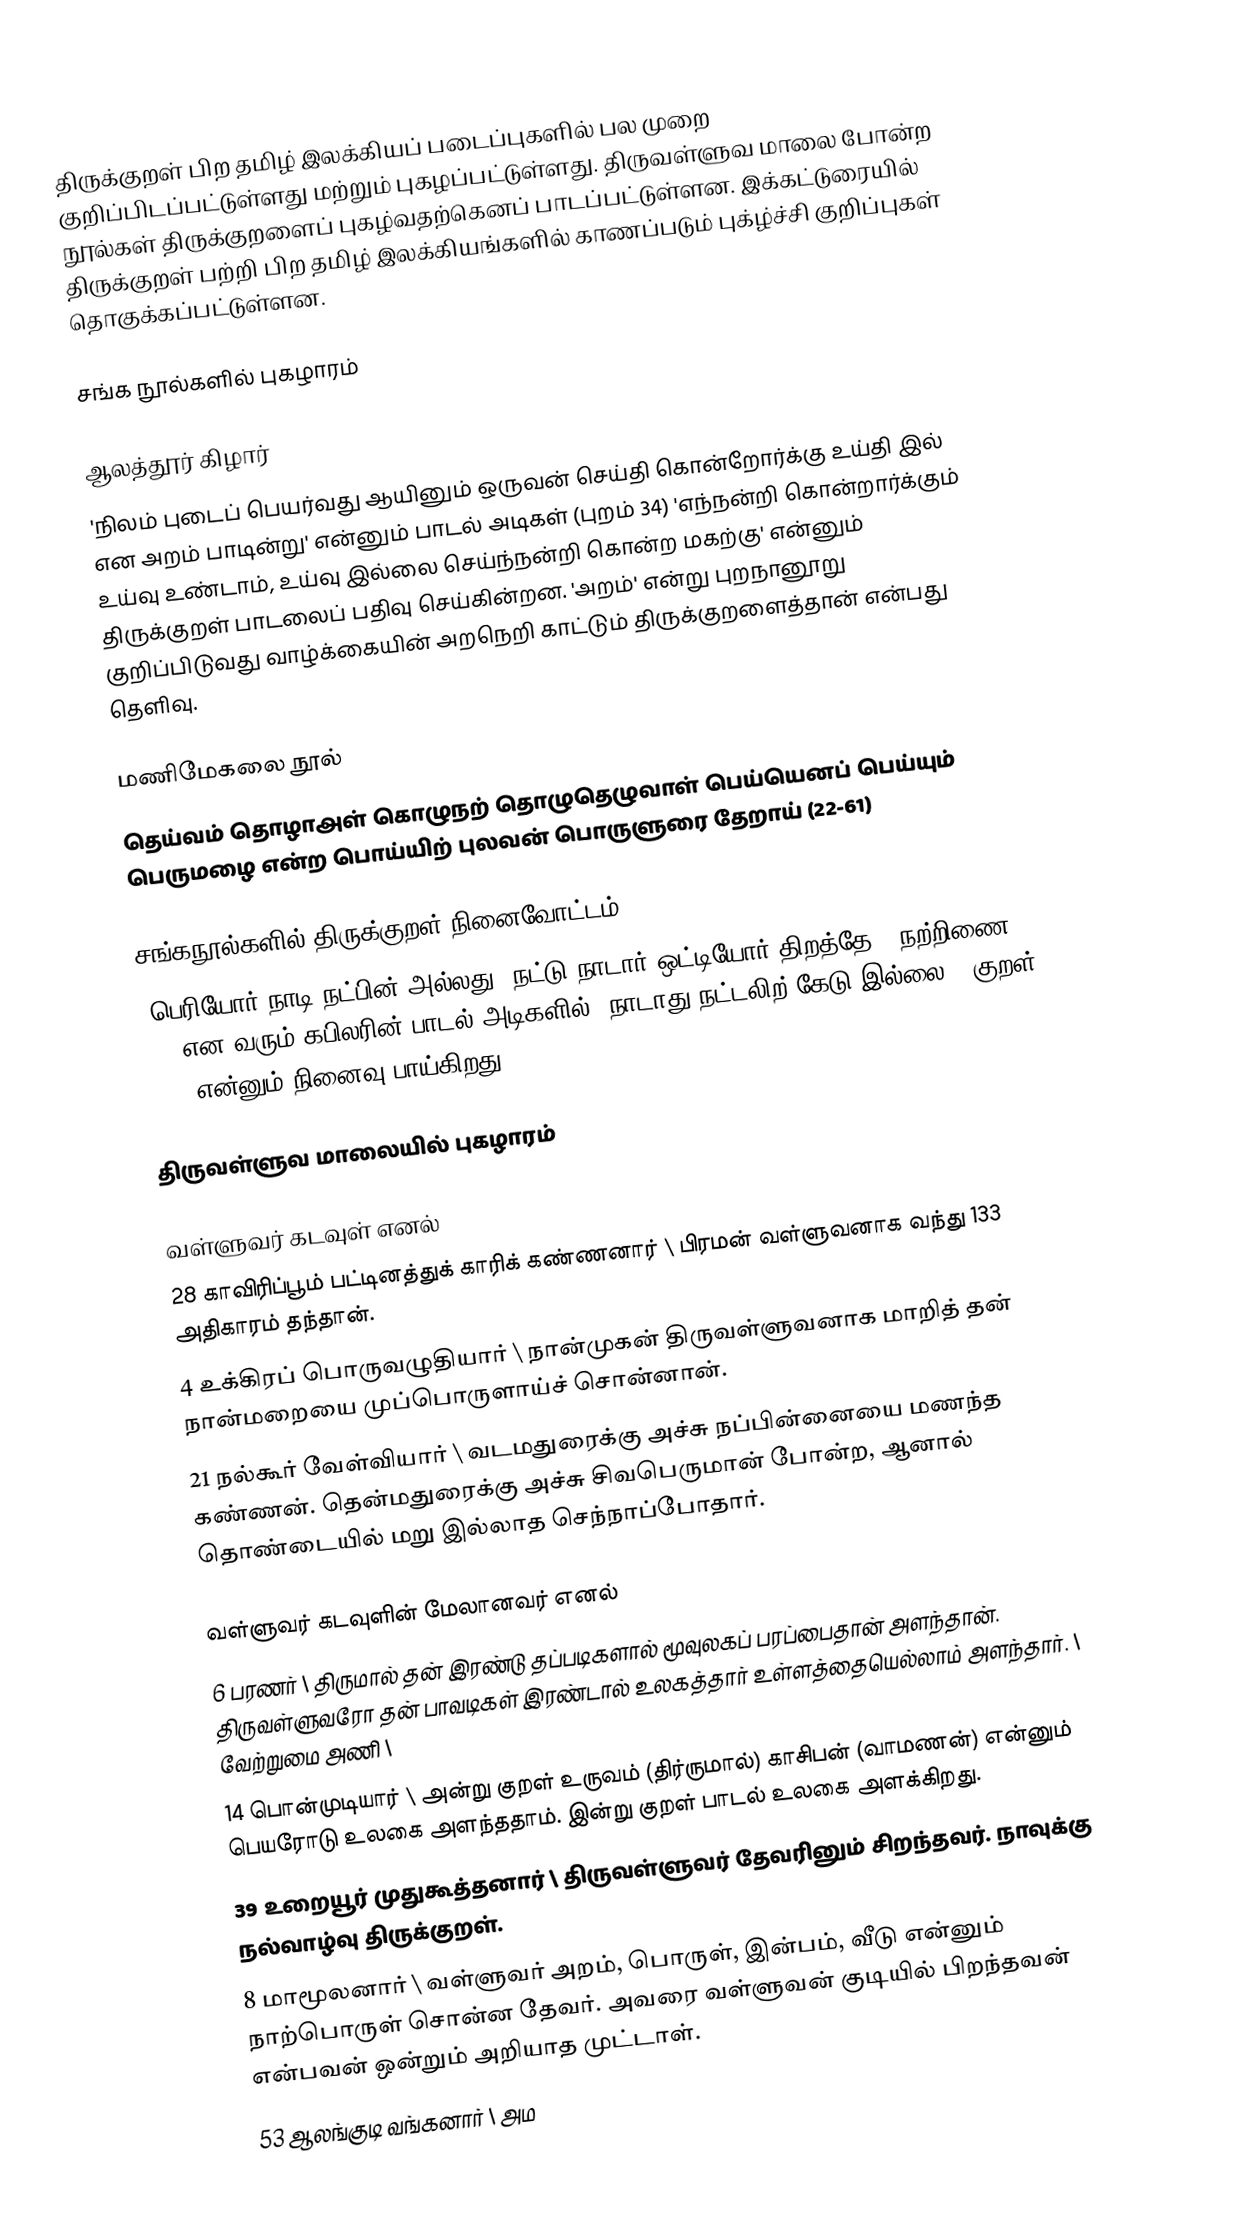
திருக்குறள் பிற தமிழ் இலக்கியப் படைப்புகளில் பல முறை குறிப்பிடப்பட்டுள்ளது மற்றும் புகழப்பட்டுள்ளது. திருவள்ளுவ மாலை போன்ற நூல்கள் திருக்குறளைப் புகழ்வதற்கெனப் பாடப்பட்டுள்ளன. இக்கட்டுரையில் திருக்குறள் பற்றி பிற தமிழ் இலக்கியங்களில் காணப்படும் புக்ழ்ச்சி குறிப்புகள் தொகுக்கப்பட்டுள்ளன.

சங்க நூல்களில் புகழாரம்

ஆலத்தூர் கிழார்
'நிலம் புடைப் பெயர்வது ஆயினும் ஒருவன் செய்தி கொன்றோர்க்கு உய்தி இல் என அறம் பாடின்று' என்னும் பாடல் அடிகள் (புறம் 34) 'எந்நன்றி கொன்றார்க்கும் உய்வு உண்டாம், உய்வு இல்லை செய்ந்நன்றி கொன்ற மகற்கு' என்னும் திருக்குறள் பாடலைப் பதிவு செய்கின்றன. 'அறம்' என்று புறநானூறு குறிப்பிடுவது வாழ்க்கையின் அறநெறி காட்டும் திருக்குறளைத்தான் என்பது தெளிவு.

மணிமேகலை நூல்
தெய்வம் தொழாஅள் கொழுநற் தொழுதெழுவாள் பெய்யெனப் பெய்யும் பெருமழை என்ற பொய்யிற் புலவன் பொருளுரை தேறாய் (22-61)

சங்கநூல்களில் திருக்குறள் நினைவோட்டம்
'பெரியோர் நாடி நட்பின் அல்லது, நட்டு நாடார் ஒட்டியோர் திறத்தே' (நற்றிணை 32) என வரும் கபிலரின் பாடல் அடிகளில் 'நாடாது நட்டலிற் கேடு இல்லை' (குறள் 791) என்னும் நினைவு பாய்கிறது.

திருவள்ளுவ மாலையில் புகழாரம்

வள்ளுவர் கடவுள் எனல்
28 காவிரிப்பூம் பட்டினத்துக் காரிக் கண்ணனார் \ பிரமன் வள்ளுவனாக வந்து 133 அதிகாரம் தந்தான்.
4 உக்கிரப் பொருவழுதியார் \ நான்முகன் திருவள்ளுவனாக மாறித் தன் நான்மறையை முப்பொருளாய்ச் சொன்னான்.
21 நல்கூர் வேள்வியார் \ வடமதுரைக்கு அச்சு நப்பின்னையை மணந்த கண்ணன். தென்மதுரைக்கு அச்சு சிவபெருமான் போன்ற, ஆனால் தொண்டையில் மறு இல்லாத செந்நாப்போதார்.

வள்ளுவர் கடவுளின் மேலானவர் எனல்
6 பரணர் \ திருமால் தன் இரண்டு தப்படிகளால் மூவுலகப் பரப்பைதான் அளந்தான். திருவள்ளுவரோ தன் பாவடிகள் இரண்டால் உலகத்தார் உள்ளத்தையெல்லாம் அளந்தார். \ வேற்றுமை அணி \
14 பொன்முடியார் \ அன்று குறள் உருவம் (திர்ருமால்) காசிபன் (வாமணன்) என்னும் பெயரோடு உலகை அளந்ததாம். இன்று குறள் பாடல் உலகை அளக்கிறது.
39 உறையூர் முதுகூத்தனார் \ திருவள்ளுவர் தேவரினும் சிறந்தவர். நாவுக்கு நல்வாழ்வு திருக்குறள்.
8 மாமூலனார் \ வள்ளுவர் அறம், பொருள், இன்பம், வீடு என்னும் நாற்பொருள் சொன்ன தேவர். அவரை வள்ளுவன் குடியில் பிறந்தவன் என்பவன் ஒன்றும் அறியாத முட்டாள்.
53 ஆலங்குடி வங்கனார் \ அம